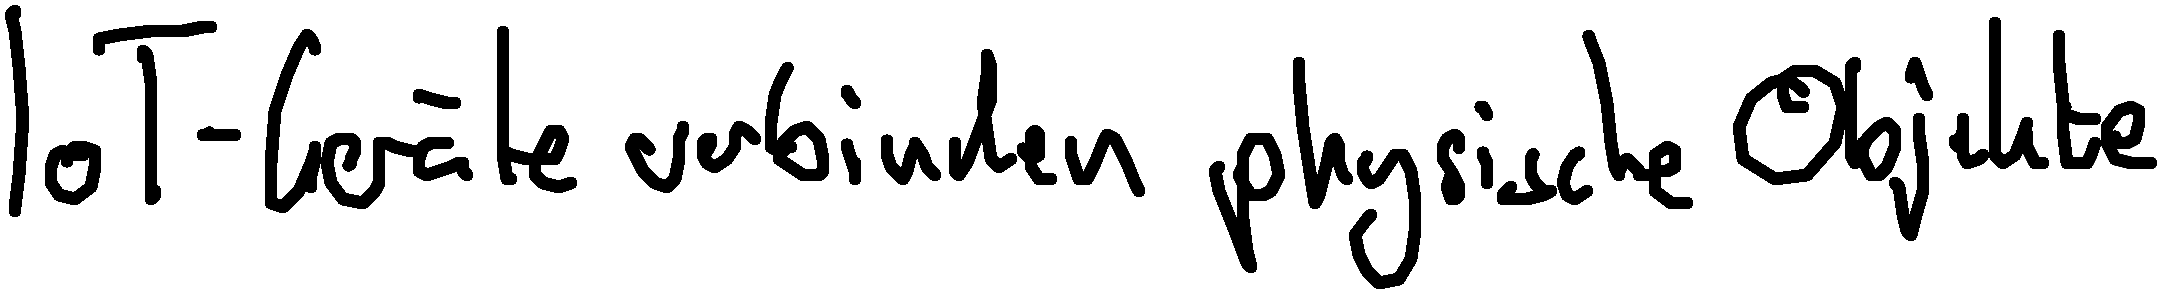
IoT-Geräte verbinden physische Objekte.